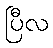
ပြီလ